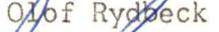
Olof Rydbeck